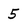
Character: 5